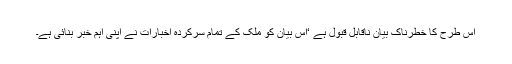
اس طرح کا خطرناک بیان ناقابل قبول ہے ‘اس بیان کو ملک کے تمام سرکردہ اخبارات نے اپنی اہم خبر بنائی ہے۔